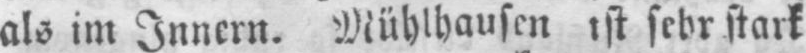
als im Innern. Mühlhausen ist sehr stark